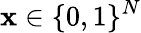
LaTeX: \mathbf{x}\in\{ 0,1\} ^{N}